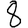
Digit: 8